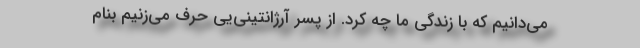
می‌دانیم که با زندگی ما چه کرد. از پسر آرژانتینی‌یی حرف می‌زنیم بنام